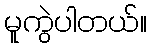
မူကွဲပါတယ်။